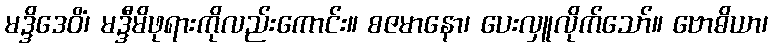
မဒ္ဒိဒေဝိံ၊ မဒ္ဒီမိဖုရားကိုလည်းကောင်း။ စဇမာနော၊ ပေးလှူလိုက်သော်။ ဗောဓိယာ၊